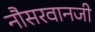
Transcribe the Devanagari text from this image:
नौसरवानजी